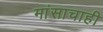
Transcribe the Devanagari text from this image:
मांसाचाही